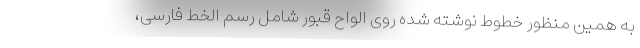
به همین منظور خطوط نوشته شده روی الواح قبور شامل رسم الخط فارسی،